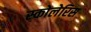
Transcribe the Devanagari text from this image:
स्कोलेरिस